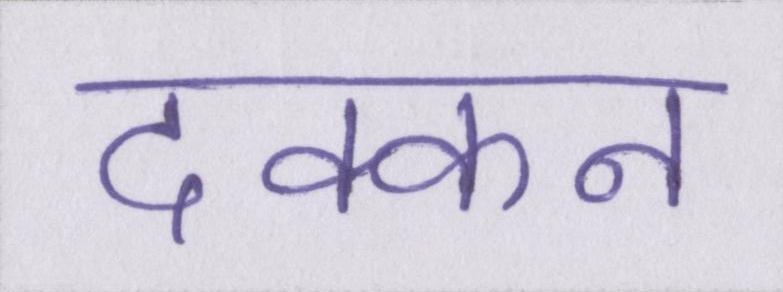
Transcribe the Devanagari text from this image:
दक्कन